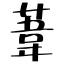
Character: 葦